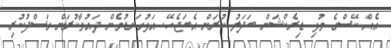
އެއް ކޭސްގެ މުޅި ޑިރެކްޝަން ބަދަލު ކުރަން އެބަޖެހޭ. އަޅުގަނޑުމެން ދައުވާކުރަން ގަސްދުކުރި